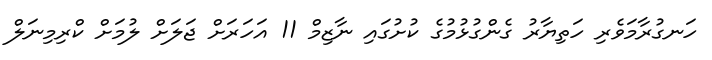
ހަނގުރާމަވެރި ހަތިޔާރު ގެންގުޅުމުގެ ކުށުގައި ނާޒިމް 11 އަހަރަށް ޖަލަށް ލުމަށް ކްރިމިނަލް